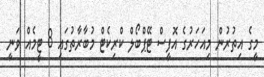
މީގެ އިތުރުން މިއަހަރުގެ އޮފީސް ޓޭޕްބޯލް ކްރިކެޓް މުބާރާތުގައި 8 ޓީމެއް ވަނީ